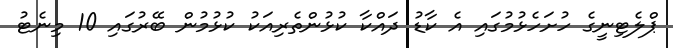
ޕްލެޓިނީގެ ހުށަހެޅުމުގައި އެ ކާޑު ދައްކާ ކުޅުންތެރިއަކު ކުޅުމުން ބޭރުގައި 10 މިނެޓު